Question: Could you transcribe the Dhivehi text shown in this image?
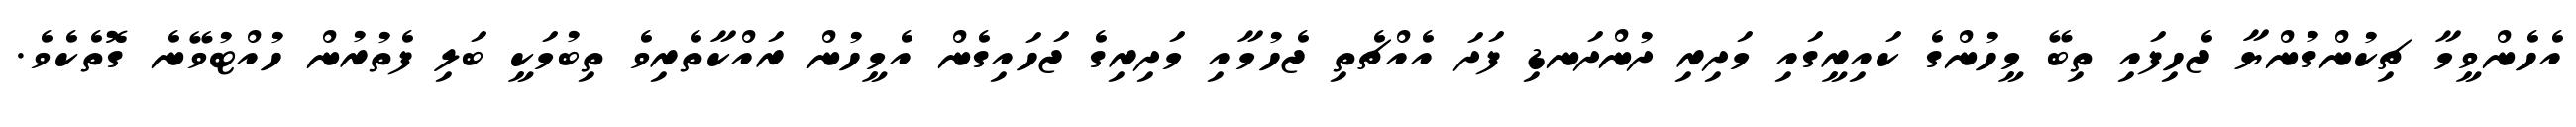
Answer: އެހެންވީމާ ޗިކުންގުންޔާ ޖެހިފައި ތިބޭ މީހުންގެ ކައިރީގައި މަދިރި ދުންދަނޑި ފަދަ އެއްޗެތި ޖެހުމާއި މަދިރިގެ ޖަހައިގެން އެމީހުން ރައްކާތެރިވެ ތިބުމަކީ ބަލި ފެތުރުން ހުއްޓުވޭނެ ގޮތެކެވެ.